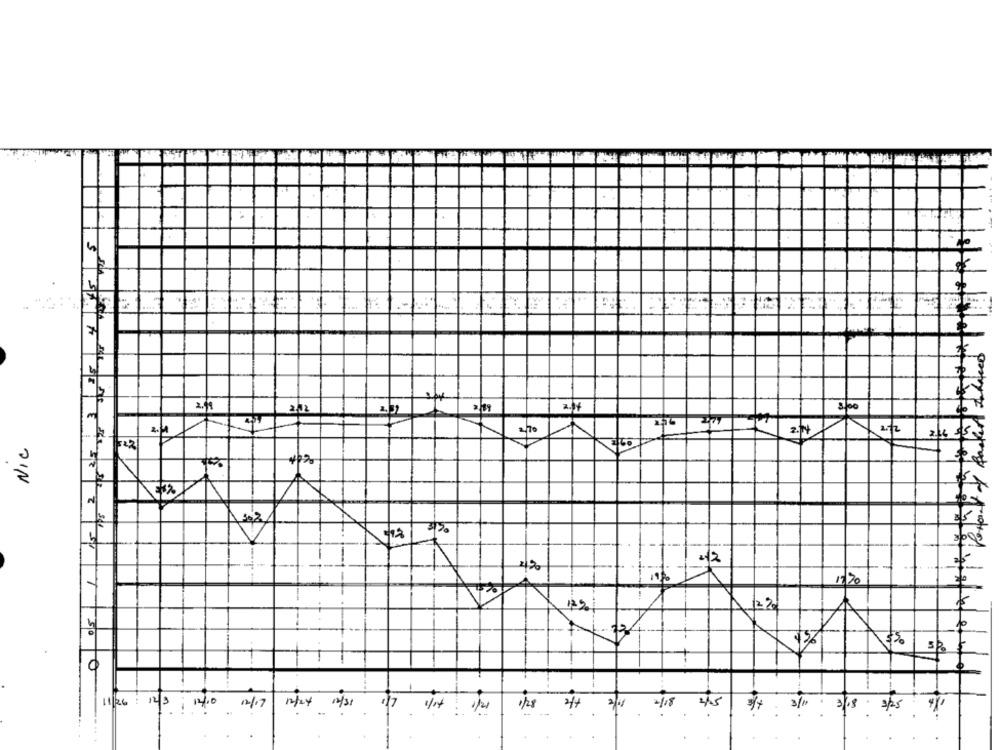
2.14
NIC
322
17/70
2%
12%
s/ w/ the
11/26
4.5
12/3: 14/10 12/17
1/28
3/11
3/18 . 3/25